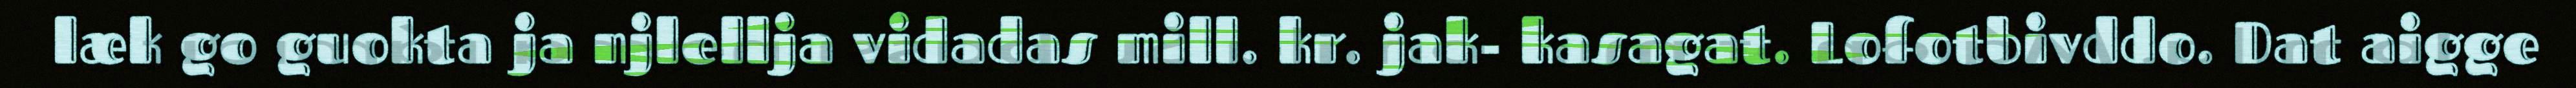
læk go guokta ja njlellja vidadas mill. kr. jak- kasagat. Lofotbivddo. Dat aigge